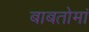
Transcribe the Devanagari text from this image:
बाबतोमां